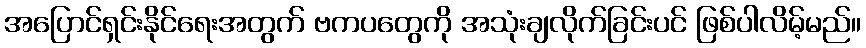
အပြောင်ရှင်းနိုင်ရေးအတွက် ဗကပတွေကို အသုံးချလိုက်ခြင်းပင် ဖြစ်ပါလိမ့်မည်။